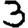
Digit: 3